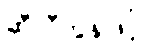
ဆီလီကွန်ဖြင့်